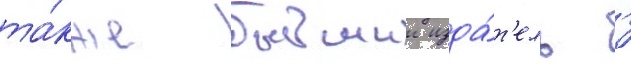
та́кже бывшии изда́т'ель '